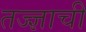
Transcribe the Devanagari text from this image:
तज्ज्ञाची